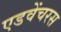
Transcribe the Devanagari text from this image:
एडवेंचरस